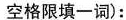
空格限填一词):